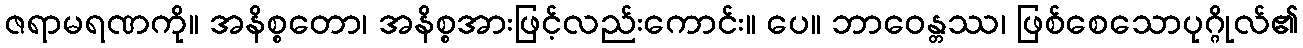
ဇရာမရဏကို။ အနိစ္စတော၊ အနိစ္စအားဖြင့်လည်းကောင်း။ ပေ။ ဘာဝေန္တဿ၊ ဖြစ်စေသောပုဂ္ဂိုလ်၏